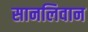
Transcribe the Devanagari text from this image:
सानलिवान